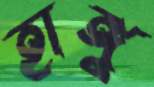
হাঙ্গু